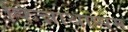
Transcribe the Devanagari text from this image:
किन्नाथाप्पम